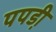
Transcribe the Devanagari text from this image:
पपडी़